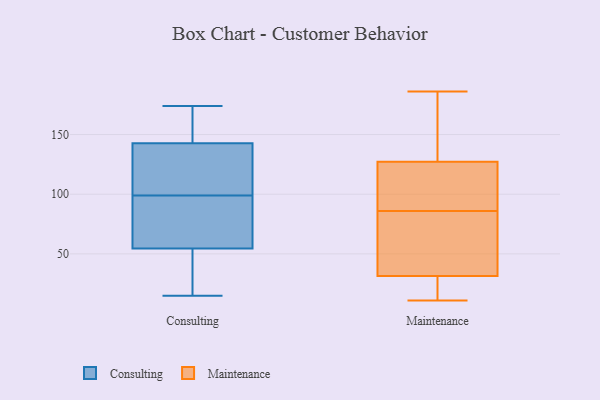
{"axis": {"x": "Operating Costs (USD K)", "y": "Value"}, "legend": ["Consulting", "Maintenance"], "data": [{"x": "", "y": 148, "type": "Consulting"}, {"x": "", "y": 130, "type": "Consulting"}, {"x": "", "y": 41, "type": "Consulting"}, {"x": "", "y": 99, "type": "Consulting"}, {"x": "", "y": 15, "type": "Consulting"}, {"x": "", "y": 17, "type": "Consulting"}, {"x": "", "y": 141, "type": "Consulting"}, {"x": "", "y": 80, "type": "Consulting"}, {"x": "", "y": 69, "type": "Consulting"}, {"x": "", "y": 158, "type": "Consulting"}, {"x": "", "y": 120, "type": "Consulting"}, {"x": "", "y": 83, "type": "Consulting"}, {"x": "", "y": 59, "type": "Consulting"}, {"x": "", "y": 161, "type": "Consulting"}, {"x": "", "y": 174, "type": "Consulting"}, {"x": "", "y": 16, "type": "Consulting"}, {"x": "", "y": 138, "type": "Consulting"}, {"x": "", "y": 114, "type": "Maintenance"}, {"x": "", "y": 11, "type": "Maintenance"}, {"x": "", "y": 122, "type": "Maintenance"}, {"x": "", "y": 34, "type": "Maintenance"}, {"x": "", "y": 143, "type": "Maintenance"}, {"x": "", "y": 88, "type": "Maintenance"}, {"x": "", "y": 33, "type": "Maintenance"}, {"x": "", "y": 186, "type": "Maintenance"}, {"x": "", "y": 156, "type": "Maintenance"}, {"x": "", "y": 86, "type": "Maintenance"}, {"x": "", "y": 23, "type": "Maintenance"}, {"x": "", "y": 27, "type": "Maintenance"}, {"x": "", "y": 33, "type": "Maintenance"}]}